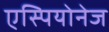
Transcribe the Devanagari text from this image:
एस्पियोनेज